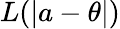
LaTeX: L(|a-\theta|)